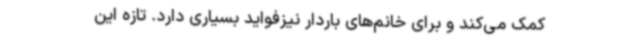
کمک‌ می‌کند و برای خانم‌های باردار نیزفواید بسیاری دارد. تازه این